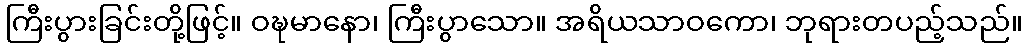
ကြီးပွားခြင်းတို့ဖြင့်။ ဝဍ္ဎမာနော၊ ကြီးပွာသော။ အရိယသာဝကော၊ ဘုရားတပည့်သည်။